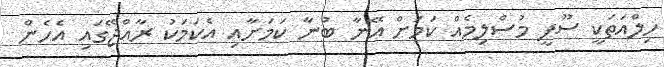
ހިލްއަތަކީ ސޫފީ މުސްލިމެއް ކަމަށް އޭނާ ބުނާ ކަމަށާއި އެކަމަކު ރާއްޖޭގައި އެހެން